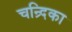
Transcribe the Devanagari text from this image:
चन्र्दिका